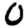
Digit: 0